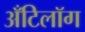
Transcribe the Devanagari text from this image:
अँटिलॉग